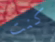
كنت